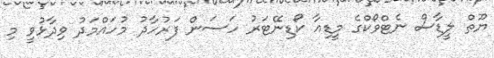
ޔޫތް ލީޑާސް ނެޓްވޯކްގެ މީޑިއާ ކޯޑިނޭޓަރު ހަސަން ފަރުހާދު މުހައްމަދު ވިދާޅުވީ މި